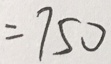
= 7 5 0